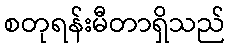
စတုရန်းမီတာရှိသည်